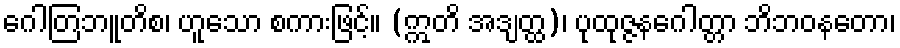
ဂေါတြဘူတိစ၊ ဟူသော စကားဖြင့်။ (ဣတိ အဒျတ္ထ)၊ ပုထုဇ္ဇနဂေါတ္တာ ဘိဘဝနတော၊